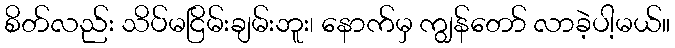
စိတ်လည်း သိပ်မငြိမ်းချမ်းဘူး၊ နောက်မှ ကျွန်တော် လာခဲ့ပါ့မယ်။